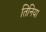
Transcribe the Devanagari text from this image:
तिनिया